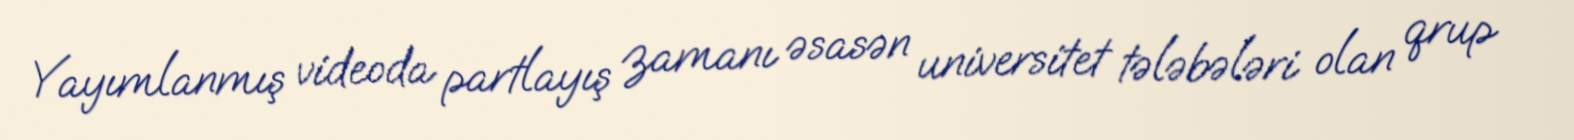
Yayımlanmış videoda partlayış zamanı əsasən universitet tələbələri olan qrup